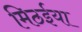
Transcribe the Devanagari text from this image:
मिठईया